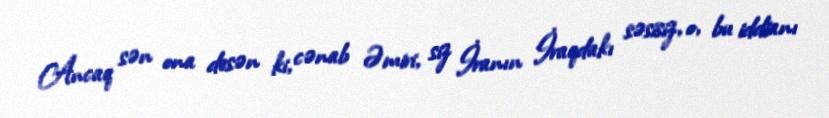
Ancaq sən ona desən ki, cənab Əmiri, siz İranın İraqdakı səsisiz, o, bu iddianı